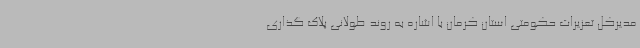
مدیرکل تعزیرات حکومتی استان کرمان با اشاره به روند طولانی پلاک گذاری